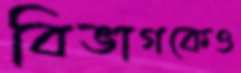
বিভাগকেও